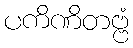
ပကိဏိတဗ္ဗံ